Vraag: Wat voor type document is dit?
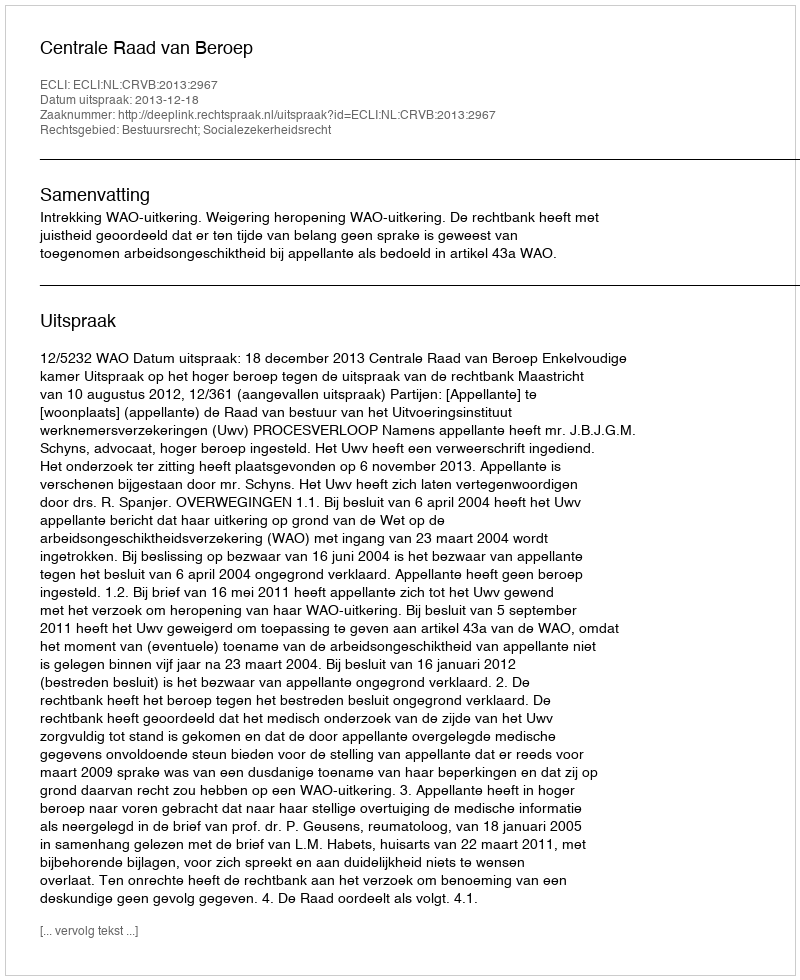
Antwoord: Uitspraak